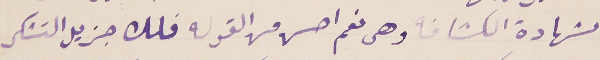
بشهادة الكشافه وهى نعم احسن من القوله فلك جزيل التشكر